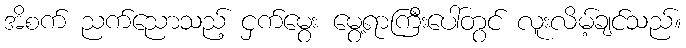
အိစက် ညက်ညောသည့် ငှက်မွေး မွေ့ရာကြီးပေါ်တွင် လူးလိမ့်ချင်သည်။